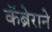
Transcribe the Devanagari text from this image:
कॅब्रेराने